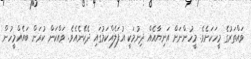
ވައްތަރުގެ މީހަކަށެވެ. މީހުންނަށް އަނިޔާއެއް ދިނުމަކީ އުފަލެއްކަމުގައި ދެކޭނެއެވެ. ވައްކަން ކުރަން ބައެއްމީހުން